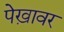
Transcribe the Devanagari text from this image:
पेख़ावर